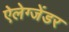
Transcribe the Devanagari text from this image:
ऐलेग्जेंडर